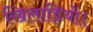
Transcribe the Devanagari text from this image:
खिलाड़ियों।